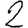
Digit: 2